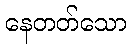
နေတတ်သော